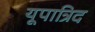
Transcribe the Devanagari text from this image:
यूपात्रिद